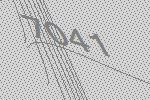
7041